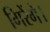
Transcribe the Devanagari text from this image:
गिरेंगे।